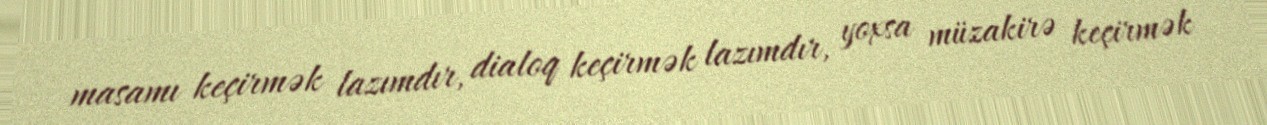
masamı keçirmək lazımdır, dialoq keçirmək lazımdır, yoxsa müzakirə keçirmək